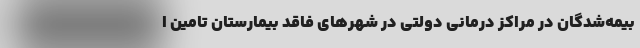
بیمه‌شدگان در مراکز درمانی دولتی در شهرهای فاقد بیمارستان تامین ا